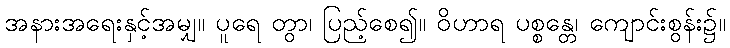
အနားအရေးနှင့်အမျှ။ ပူရေ တွာ၊ ပြည့်စေ၍။ ဝိဟာရ ပစ္စန္တေ၊ ကျောင်းစွန်း၌။